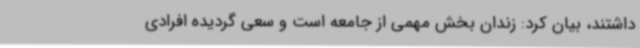
داشتند، بیان کرد: زندان بخش مهمی از جامعه است و سعی گردیده افرادی